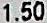
1.50